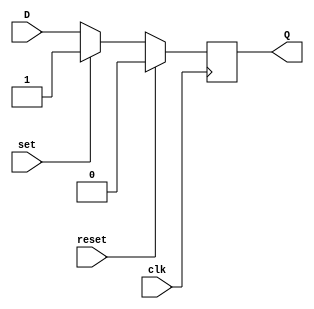
module d_ff (
  input wire D,
  input wire clk,
  input wire reset,
  input wire set,
  output reg Q
);

always @(posedge clk) begin
  if (reset) begin
    Q <= 0;
  end else if (set) begin
    Q <= 1;
  end else begin
    Q <= D;
  end
end

endmodule